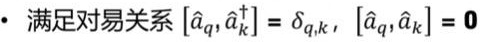
- 满足对易关系 $[\hat{a}_{q},\hat{a}_{k}^{\dagger}] = \delta_{q,k}$, $[\hat{a}_{q},\hat{a}_{k}] = 0$